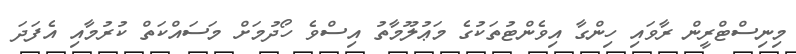
މިނިސްޓްރީން ރާވައި ހިންގާ އިވެންޓުތަކުގެ މަޢުލޫމާތު އިސްވެ ހޯދުމަށް މަސައްކަތް ކުރުމާއި އެފަދަ